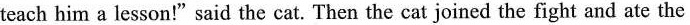
teach him a lesson!"said the cat. Then the cat joined the fight and ate the